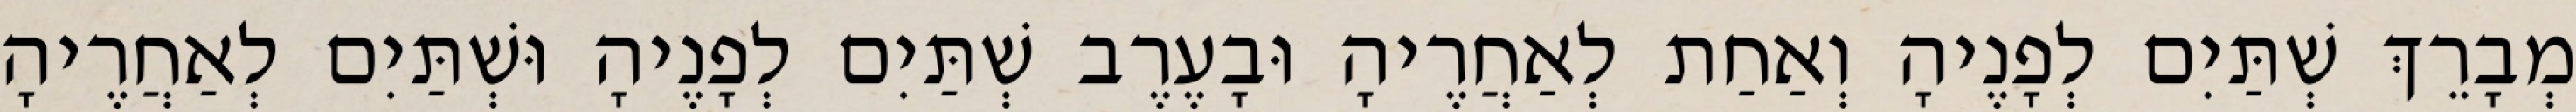
מְבָרֵךְ שְׁתַּיִם לְפָנֶיהָ וְאַחַת לְאַחֲרֶיהָ וּבָעֶרֶב שְׁתַּיִם לְפָנֶיהָ וּשְׁתַּיִם לְאַחֲרֶיהָ